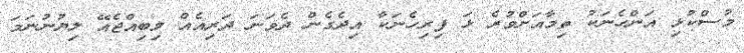
މުސްކުޅި އަންހެނަކު ތިމާއަށްވުރެ ޅަ ފިރިހެނަކާ އިދެގެން ދެވަނަ ދަރިއެއް ލިބިއްޖެއޭ ލިޔުނުނަމަ